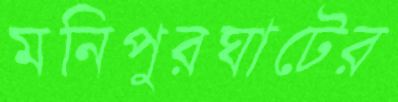
মনিপুরঘাটের